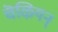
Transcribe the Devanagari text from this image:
चॆऴियन्